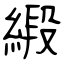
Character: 緞